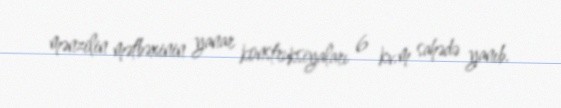
mənzilin mətbəxinin yanar konstruksiyaları 6 kv.m sahədə yanıb.